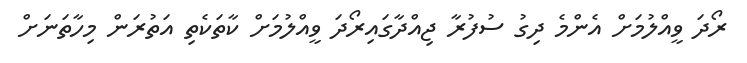
ރޯދަ ވީއްލުމަށް އެންމެ ދިގު ސުފުރާ ޖިއްދާގައިރޯދަ ވީއްލުމަށް ކާތަކެތި އަތުރަން މިހާތަނަށް